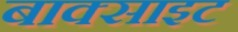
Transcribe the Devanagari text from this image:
बाक्‍साइट